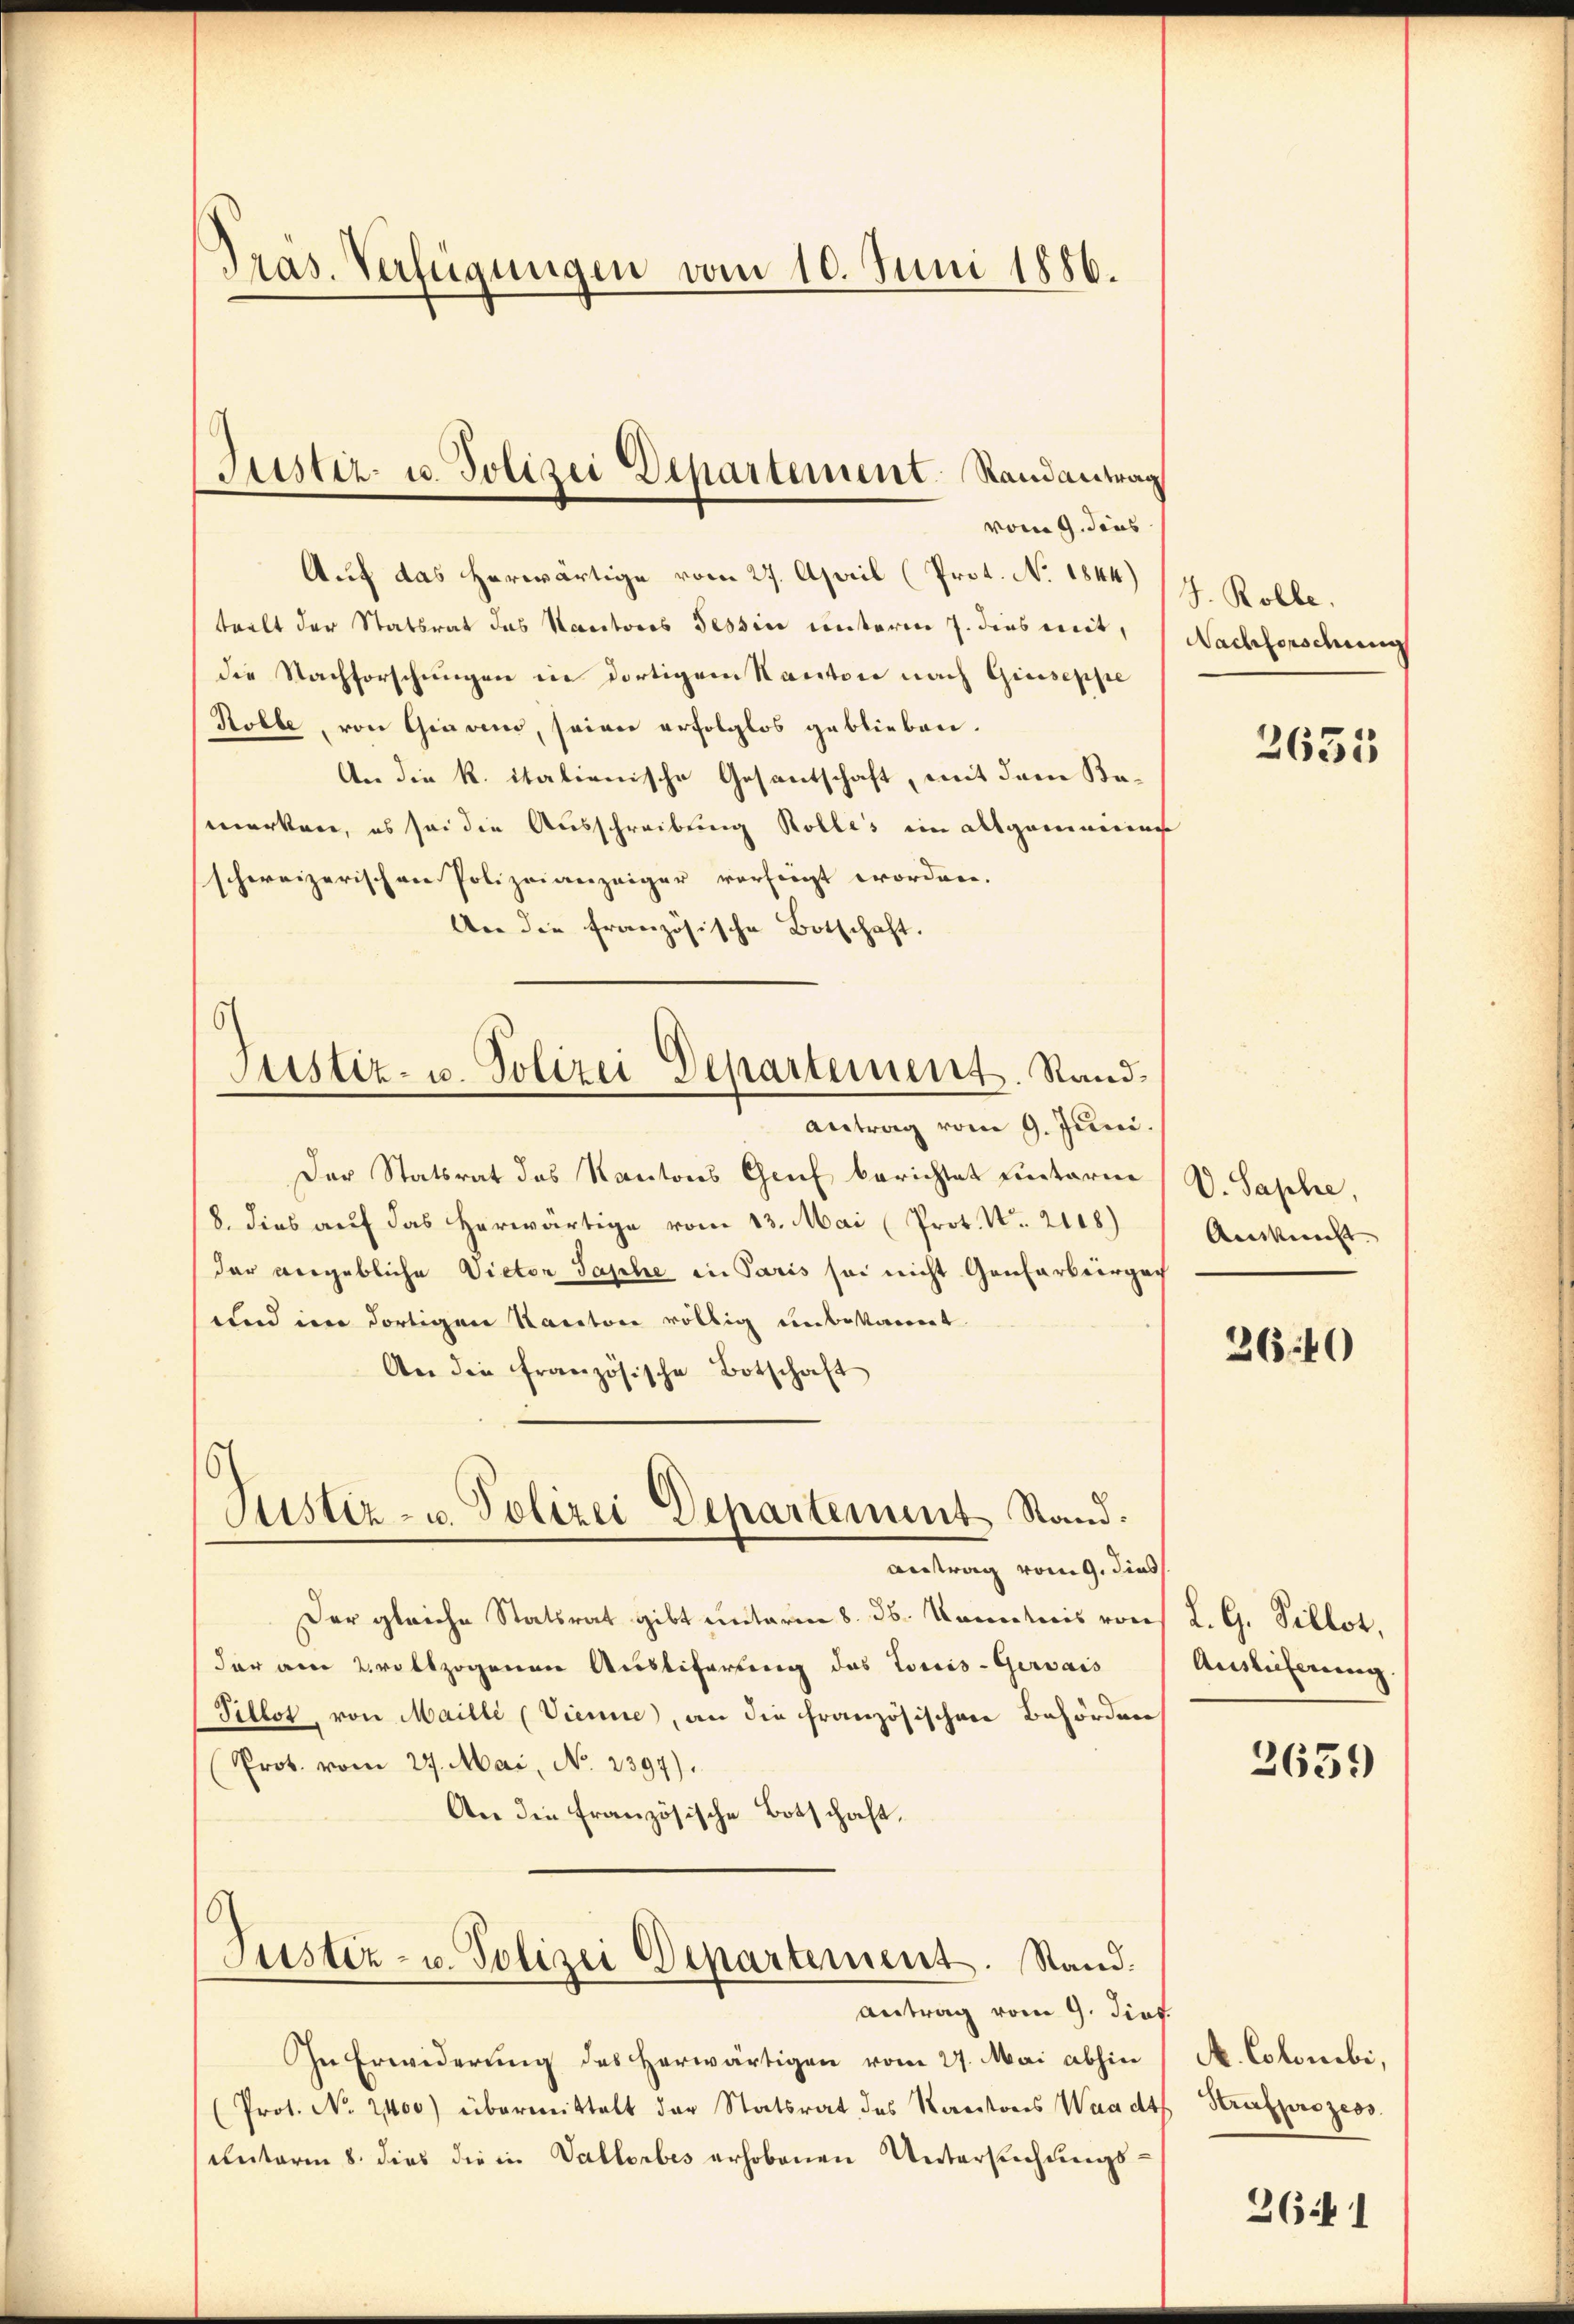
Präs. Verfügungen vom 10. Juni 1886.

vom 9. dies
Auf das herwärtige vom 27. April (Prot. No. 1844)
teelt der Statsrat das Kantores Tessin unterm 7. dies mit,
die Nachforschungen in dortigem Kanton nach Giuseppe
Rolle, von Giaven, seien erfolglos geblieben.
An die K. italienische Gesantschaft, mit dem Kamerken, es sei die Ausschreibung Kolles ein Allgemeins
schweizerischen Polizeianzeiger verfügt worden.
An die französische Botschaft.
Antrag vom 9. Juni.
Der Statsrat das Kantons Genf berichtet Eintarie
8. dies aŭf das herwärtige vom 13. Mai (Prot. No. 2108)
dar vergebliche Victor Saphe in Paris sei nicht Gonfarbeirgat
und im dortigen Kanton völlig unbekannt
An die französische Botschaft
Justiz- u. Polizei Departement Stand.
Antrag vom 9. dies
Der gleiche Statsrat gibt unterm 8. ds. Kenntnis von L. G. Pillot,
der am 2. vollzogenen Ausliferung des Louis-Gervais
Pillot, von Mailli (Vienne, an die französischen Behörden
Prot. vom 27. Mai, No. 2397).
An die Französische Botschaft,
Justiz- u. Polizei Departement. Stand.
antrag vom 9. dies
Ihn Erwiderung des Herwärtigen vom 27. Mai abhin
(Prot. No. 2400) übermittelt der Statsrat des Kantons Waadt Strafprozess
Unterm 8. dies die in Vallorbes erhobenen Untersuchungs¬

Justiz- u. Polizei Departement. Randantrag

6
Justiz- u. Polizei Departement. Stand¬

J. Rolle.
Nachforschung

2635

V. Saphe,
Auskunft

3640

Auslieferung.

2659

A. Colonibi,

26. 1